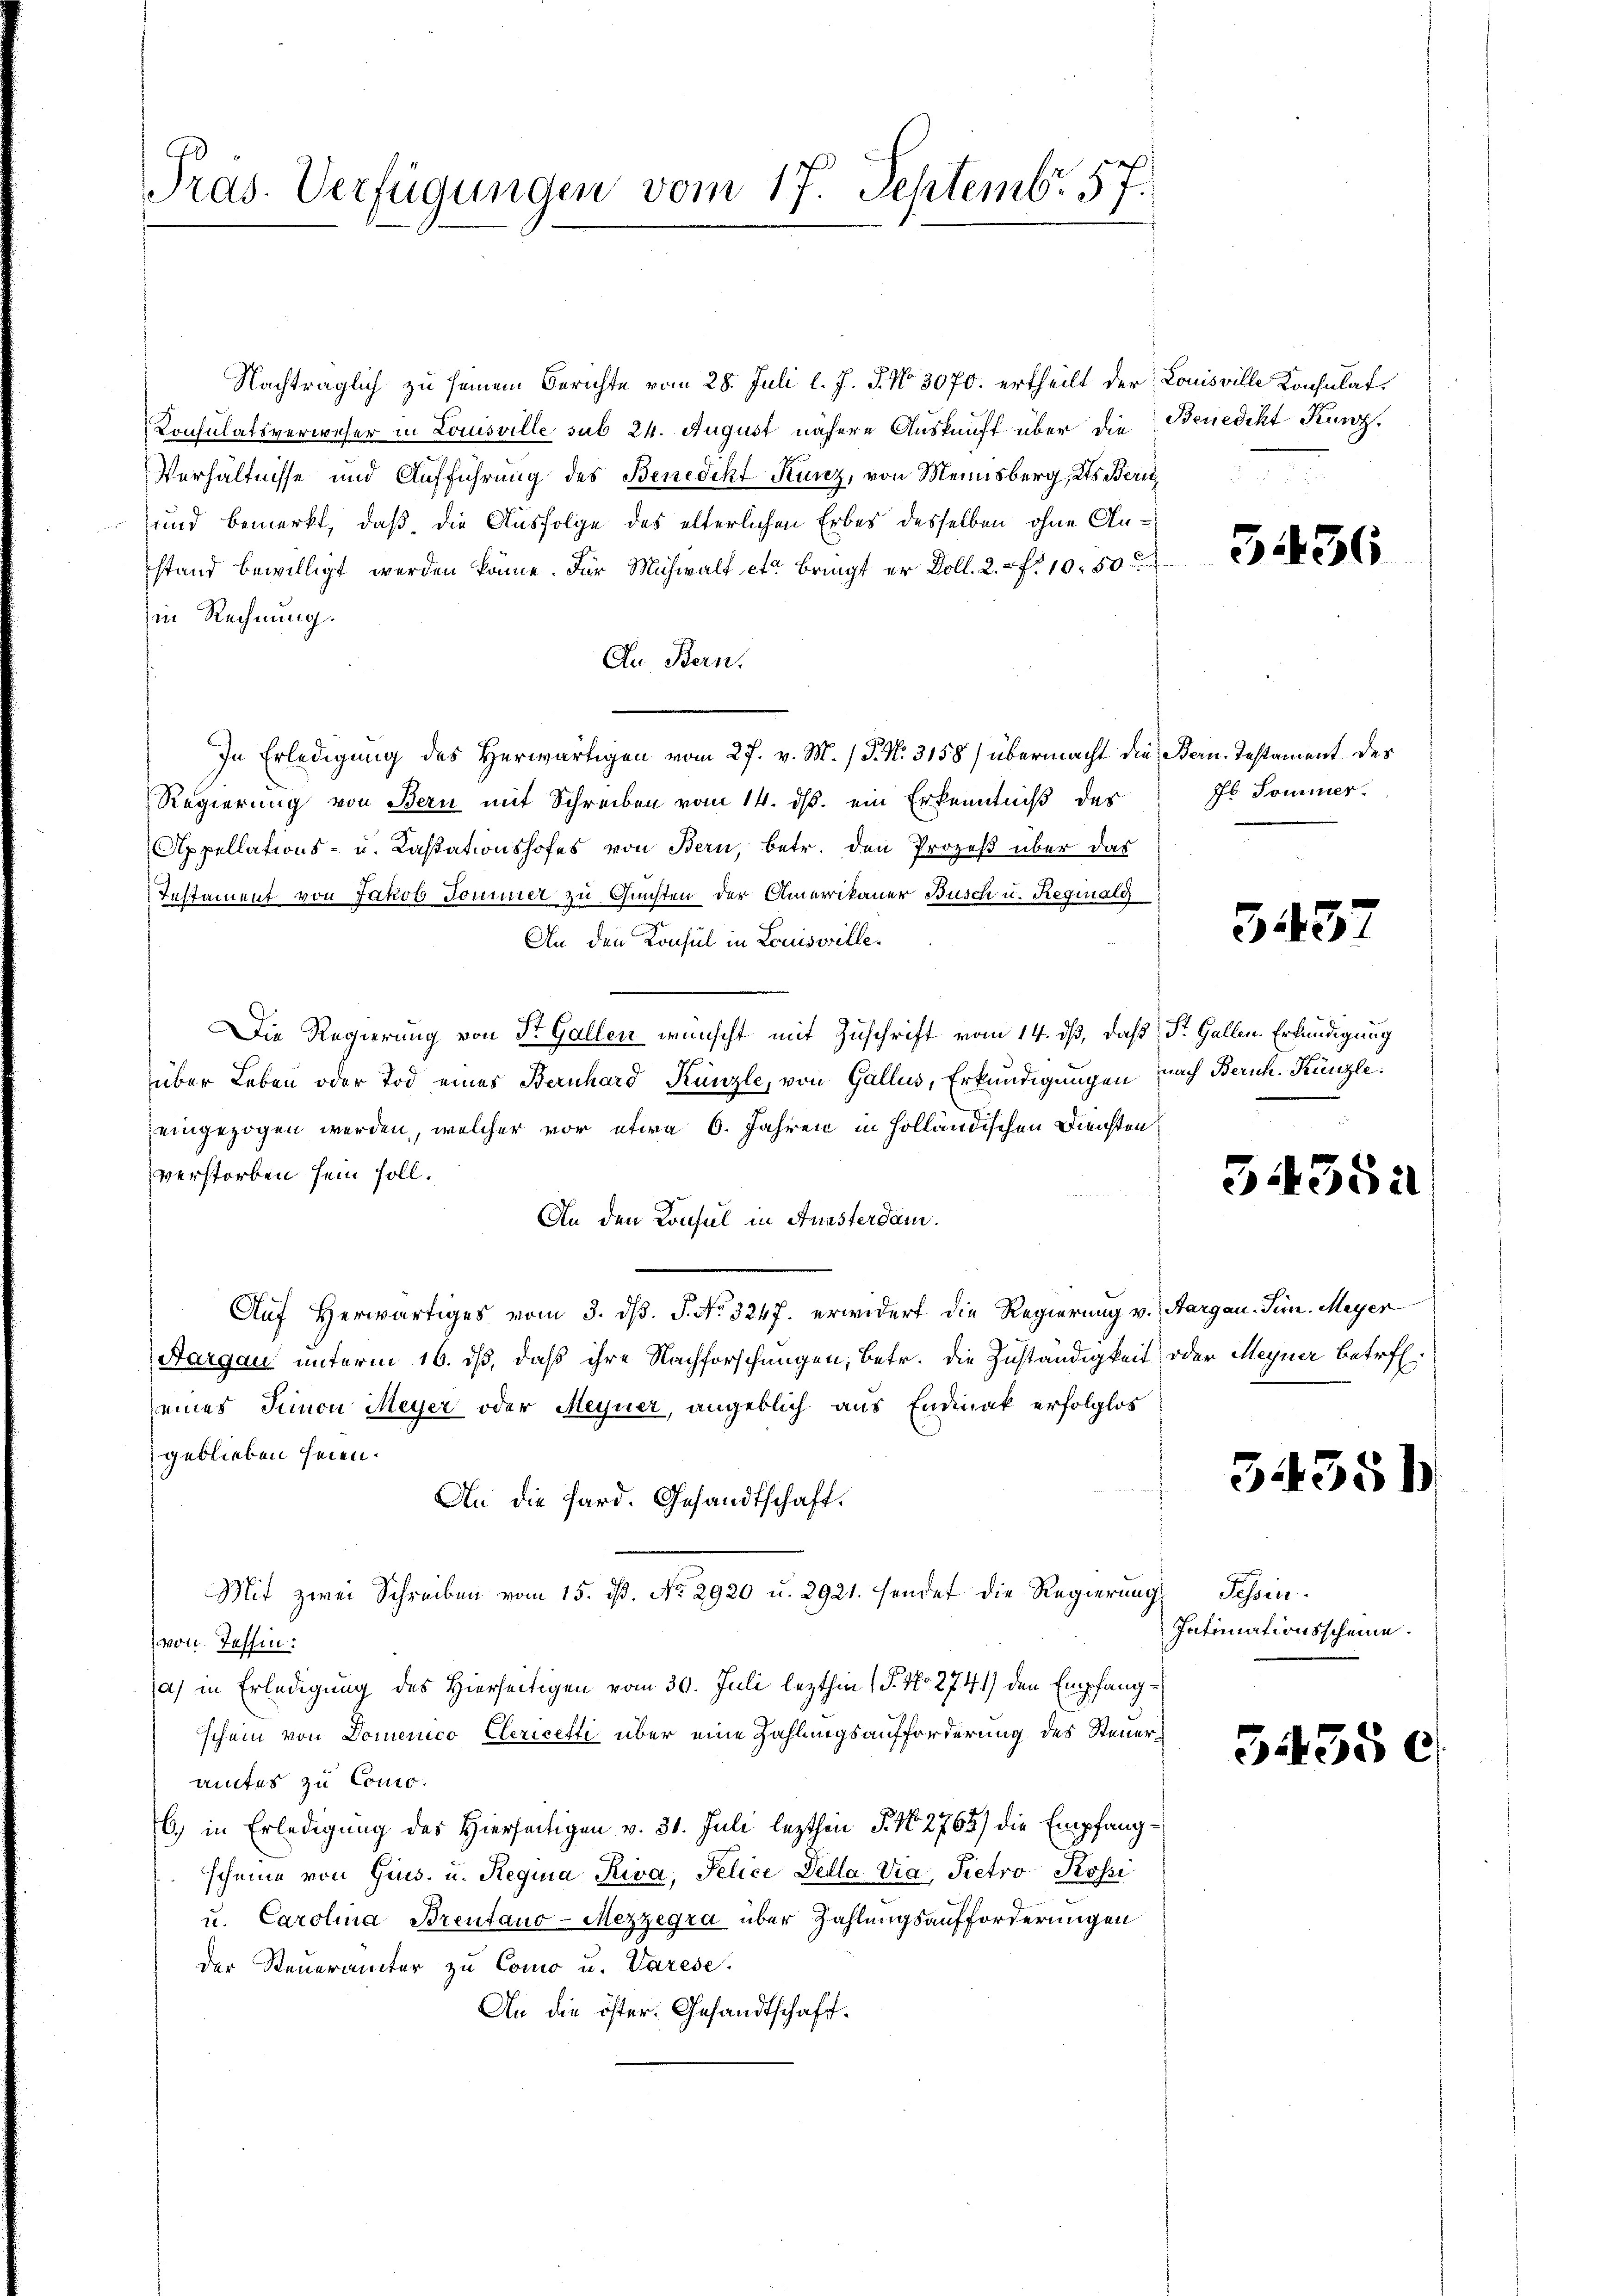
Präs. Verfügungen vom 17. Septemb. 57.

Nachträglich zu seinem Berichte vom 28. Juli l. J. J. No. 3070. ertheilt der
Konsulatsverweser in Louisville sub 24. August nähere Auskunft über die
Verhältnisse und Aufführung des Benedikt Kunz, von Meinsberg, Kts Bern
und bemerkt, daß die Ausfolge des elterlichen Erbes desselben ohne Anstand bewilligt werden könne. Für Michwalt et bringt er Doll. 2. f. 1050
in Rechnung.
An Bern.
In Erledigung des Herwärtigen vom 27. v. M. (T. No. 3158) übermacht die Bern. Testament des
Regierung von Bern mit Schreiben vom 14. ds. ein Erkenntniß des
Appellations- u. Cassationshofes von Bern, betr. den Prozeß über das
Instament von Jakob Sommer zu Gunsten der Amerikaner Busch u. Regialg
An den Konsul in Louisville.
Die Regierung von Dr. Gallen wünscht mit Zuschrift vom 14. dß, daß Dr. Gallen. Erkundigung
über Leben oder Tod eines Bernhard Künzle, von Gallus, Erkundigungen
eingezogen werden, welcher vor etwa 6. Jahren in Holländischen Diensten
verstorben sein soll.
An den Konsul in Aussterdam.
Auf herwärtiges vom 3. d. J. No 3247. erwidert die Regierung v. Aargau-Sirn. Meyer
Aargau unterm 16. ds, daß ihre Nachforschungen, betr. die Zuständigkeit oder Meyner betreff.
eines Simon Meyer oder Meyner, angeblich aus Endinak erfolglos
geblieben seien.
An die Hard. Gesandtschaft.
Mit zwei Schreiben vom 15. ds. No. 2920 u. 2921. sendet die Regierung
von Tessin:
a) in Erledigung des Hierseitigen vom 30. Juli lezthin 1 S. No. 2741) den Empfangschein von Domenico Clericetti über eine Zahlungsaufforderung des Steuer,
amtes zu Cono.
6) in Erledigung des Hierseitigen v. 31. Juli lezthin P. No 2765) die Empfangscheine von Gies- u. Requia Riva, Felice della Via, Pietro Rossi
u. Carolina Brentano-Mezzegra über Zahlungsaufforderungen
der Steueramter zu Como u. Varese.
An die öster. Gesandtschaft¬

Louisville Konsulat
Benedikt Kunz.

5436

Jb. Sommer.

3432

nach Zürich. Künzle

54352

34351

Tessin.
Intimationsscheine.

5455 c